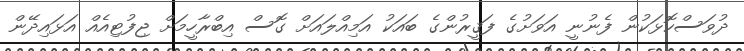
ދުވަސްކޮޅަކުން ފެނުނީ އަވަށުގެ ފަޤީރުންގެ ބައަކު އަމިއްލައަށް ގޮސް އިބްރާހީމަށް ޖިފުޓިއެއް އަޅައިދޭން